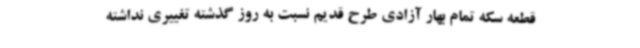
قطعه سکه تمام بهار آزادی طرح قدیم نسبت به روز گذشته تغییری نداشته